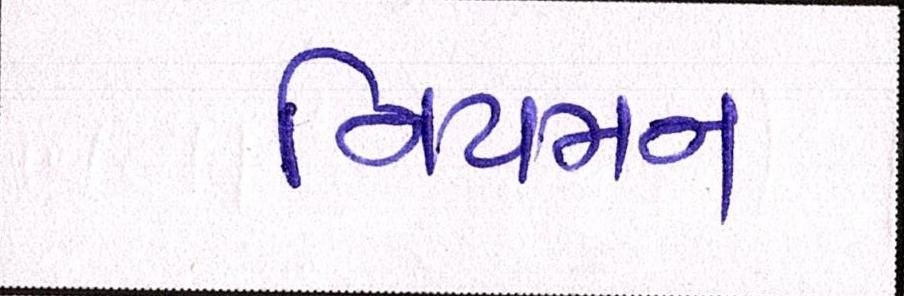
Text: નિયમન